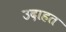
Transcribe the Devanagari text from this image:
उदाहत